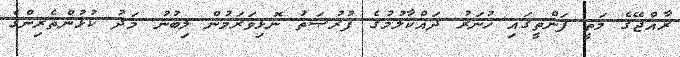
ރާއްޖޭގެ މަތީ ފަންތީގައި ހުނަރު ދައްކާލުމުގެ ފުރުޞަތު ނޮޅިވަރަމުން ލިބުނު މަދު ކުޅުންތެރިންގެ